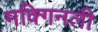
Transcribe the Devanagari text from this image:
मक्गिनली